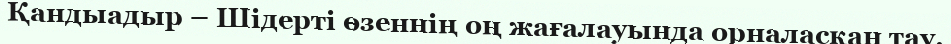
Қандыадыр – Шідерті өзеннің оң жағалауында орналасқан тау.